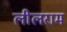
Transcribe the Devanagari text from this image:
लीलराम